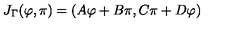
J _ { \Gamma } ( \varphi , \pi ) = ( A \varphi + B \pi , C \pi + D \varphi )